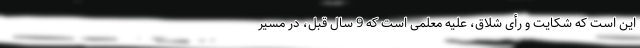
این است که شکایت و رأی شلاق، علیه معلمی است که 9 سال قبل، در مسیر